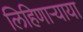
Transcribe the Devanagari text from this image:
लिहिणार्‍याया